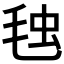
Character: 𣭦